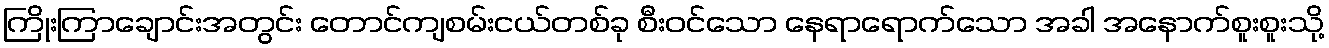
ကြိုးကြာချောင်းအတွင်း တောင်ကျစမ်းငယ်တစ်ခု စီးဝင်သော နေရာရောက်သော အခါ အနောက်စူးစူးသို့